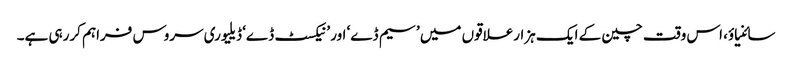
سائنیاؤ، اس وقت چین کے ایک ہزارعلاقوں میں ’سیم ڈے‘ اور ’نیکسٹ ڈے‘ ڈیلیوری سروس فراہم کررہی ہے۔